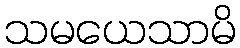
သမယေသာမိ